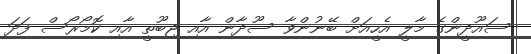
ސައޫދީންގެ މާލީ އެހީއަށް ބޭނުންވާ ސޫދާން އާއި ޖިބޫތީ އާއި ކޮމޯރޯސް ފަދަ